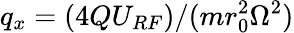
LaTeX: q_{x}=(4QU_{RF})/(mr_{0}^{2}\Omega^{2})